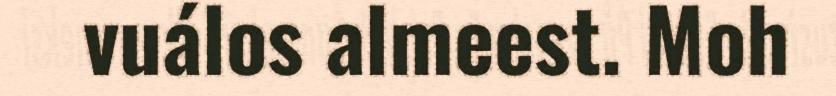
vuálos almeest. Moh